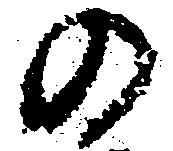
の